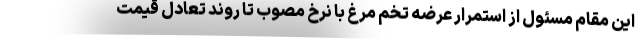
این مقام مسئول از استمرار عرضه تخم مرغ با نرخ مصوب تا روند تعادل قیمت